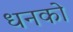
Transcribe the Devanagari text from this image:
धनको